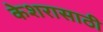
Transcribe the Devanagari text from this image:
केशरासाठी